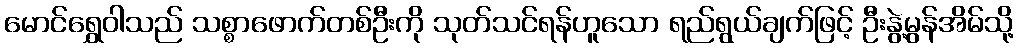
မောင်ရွှေဝါသည် သစ္စာဖောက်တစ်ဦးကို သုတ်သင်ရန်ဟူသော ရည်ရွယ်ချက်ဖြင့် ဦးနွဲ့မွန်အိမ်သို့